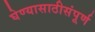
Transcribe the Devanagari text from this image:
घेण्यासाठीसंपूर्ण